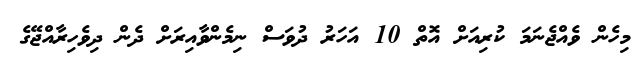
މިހެން ވެއްޖެނަމަ ކުރިއަށް އޮތް 10 އަހަރު ދުވަސް ނިމެންވާއިރަށް ދެން ދިވެހިރާއްޖޭގެ